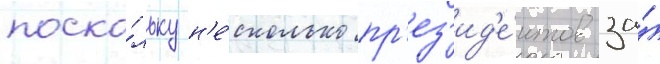
поско́льку н'е́сколько пр'ез'ид'е́нтов за́